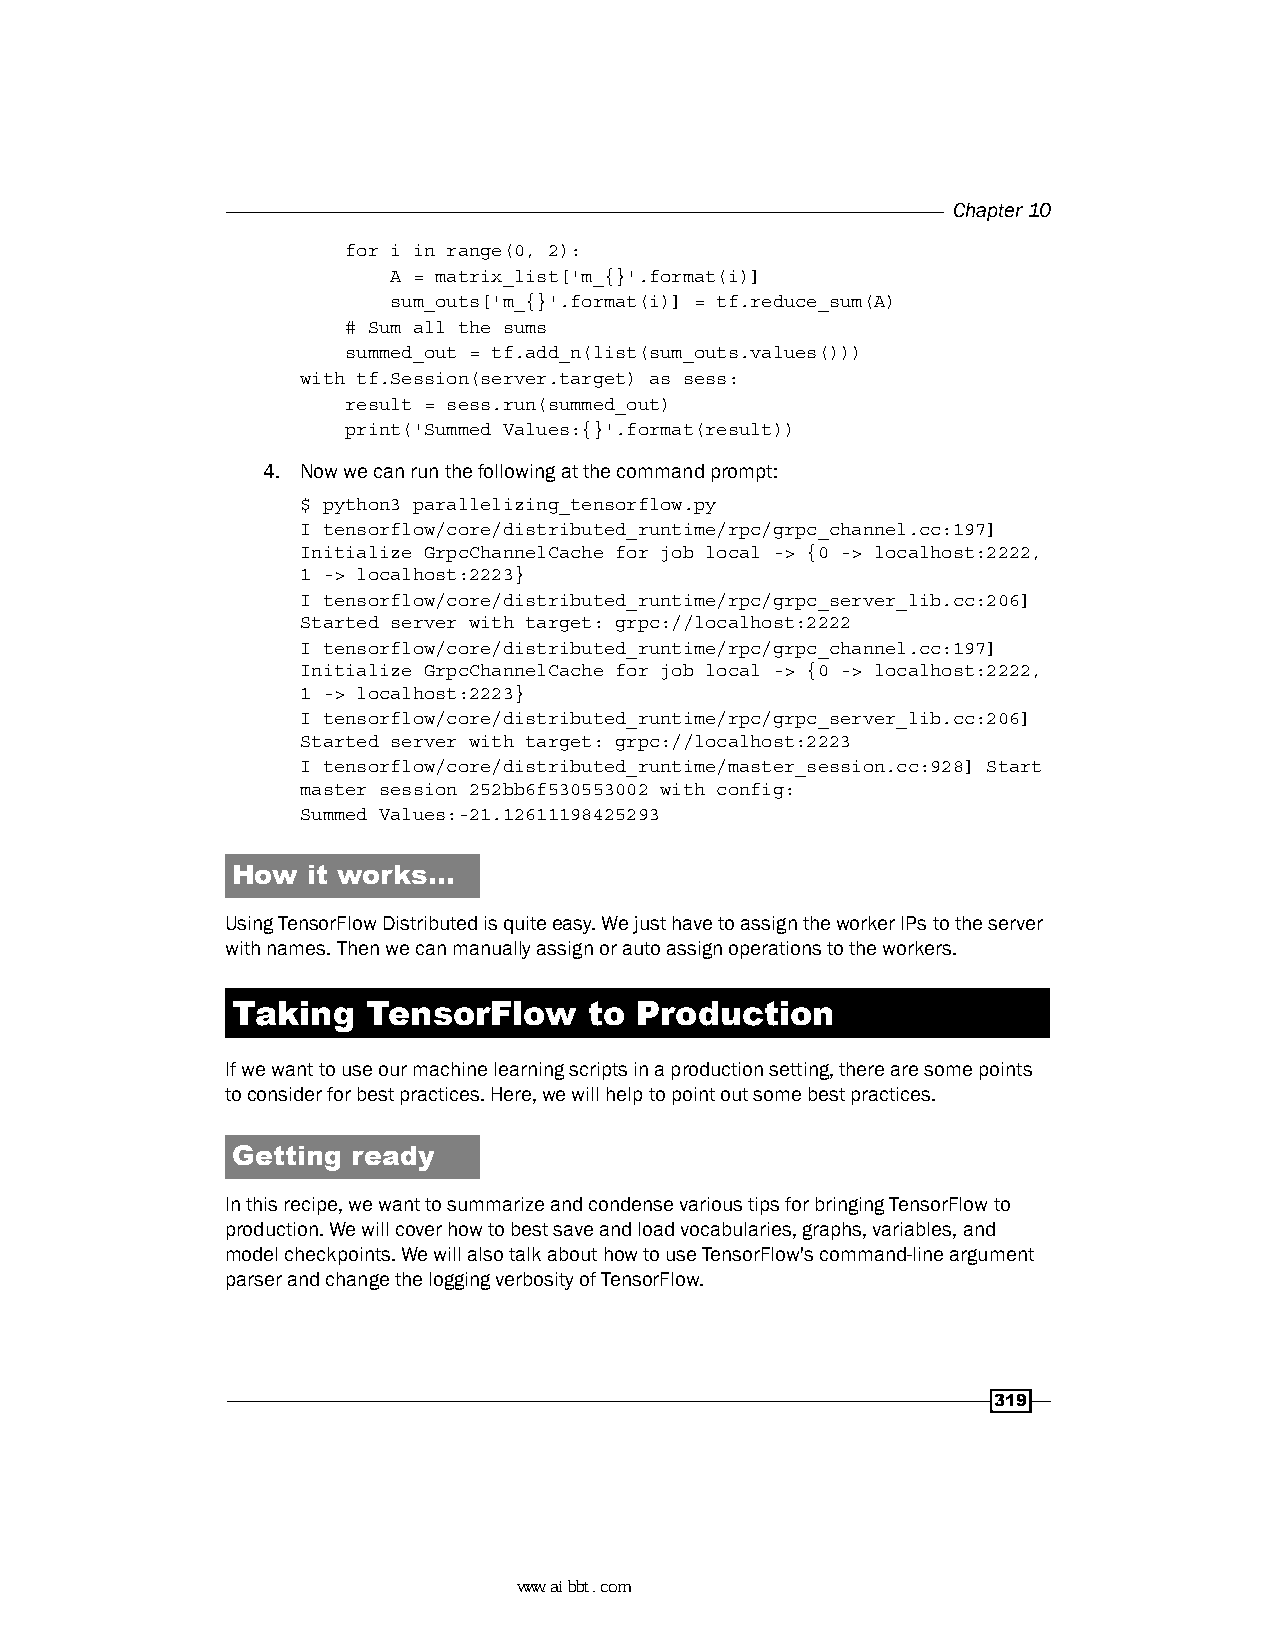
Chapter 10
 for i in range(0, 2):
 A = matrix_list['m_{}'.format(i)]
 sum_outs['m_{}'.format(i)] = tf.reduce_sum(A)
 # Sum all the sums
 summed_out = tf.add_n(list(sum_outs.values()))
 with tf.Session(server.target) as sess:
 result = sess.run(summed_out)
 print('Summed Values:{}'.format(result))
 4. Now we can run the following at the command prompt:
 $ python3 parallelizing_tensorflow.py
 I tensorflow/core/distributed_runtime/rpc/grpc_channel.cc:197]
 Initialize GrpcChannelCache for job local -> {0 -> localhost:2222,
 1 -> localhost:2223}
 I tensorflow/core/distributed_runtime/rpc/grpc_server_lib.cc:206]
 Started server with target: grpc://localhost:2222
 I tensorflow/core/distributed_runtime/rpc/grpc_channel.cc:197]
 Initialize GrpcChannelCache for job local -> {0 -> localhost:2222,
 1 -> localhost:2223}
 I tensorflow/core/distributed_runtime/rpc/grpc_server_lib.cc:206]
 Started server with target: grpc://localhost:2223
 I tensorflow/core/distributed_runtime/master_session.cc:928] Start
 master session 252bb6f530553002 with config:
 Summed Values:-21.12611198425293
 How  it works…
 Using TensorFlow Distributed is quite easy. We just have to assign the worker IPs to the server
 with names. Then we can manually assign or auto assign operations to the workers.
 Taking   TensorFlow     to Production
 If we want to use our machine learning scripts in a production setting, there are some points
 to consider for best practices. Here, we will help to point out some best practices.
 Getting ready
 In this recipe, we want to summarize and condense various tips for bringing TensorFlow to
 production. We will cover how to best save and load vocabularies, graphs, variables, and
 model checkpoints. We will also talk about how to use TensorFlow's command-line argument
 parser and change the logging verbosity of TensorFlow.
 319
 www.aibbt.com 让未来触手可及